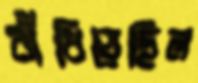
বাঁধিয়েছিল